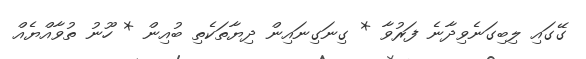
ގޭގައި ލިބިގަނެވިދާނެ ފަރުވާ * ގިނަގިނައިން ދިޔާތަކެތި ބުއިން * ހޫނު ތުވާއްޔެއް